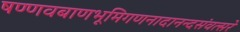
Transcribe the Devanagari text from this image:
षण्णवबाणभूमिगणनादानन्दसंवत्सरे